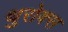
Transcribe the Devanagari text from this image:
थुरोक्स